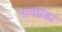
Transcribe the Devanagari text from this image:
नाका़ेडा